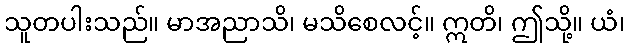
သူတပါးသည်။ မာအညာသိ၊ မသိစေလင့်။ ဣတိ၊ ဤသို့။ ယံ၊